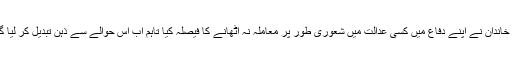
شریف خاندان نے اپنے دفاع میں کسی عدالت میں شعوری طور پر معاملہ نہ اٹھانے کا فیصلہ کیا تاہم اب اس حوالے سے ذہن تبدیل کر لیا گیا ہے۔